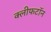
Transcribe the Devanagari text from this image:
क्लीफटॉन